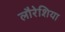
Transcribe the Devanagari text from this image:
लौरेशिया